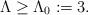
LaTeX: \begin{align*}\Lambda\ge \Lambda_0 := 3 .\end{align*}